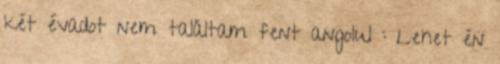
két évadot nem találtam fent angolul : Lehet én